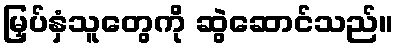
မြှပ်နှံသူတွေကို ဆွဲဆောင်သည်။